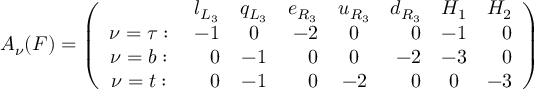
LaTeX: { \cal A } _ { \nu } ( F ) = \left( \begin{array} { c r c r c r c r c r c r c r c r } { { } } & { { l _ { L _ { 3 } } } } & { { q _ { L _ { 3 } } } } & { { e _ { R _ { 3 } } } } & { { u _ { R _ { 3 } } } } & { { d _ { R _ { 3 } } } } & { { H _ { 1 } } } & { { H _ { 2 } } } \\ { { \nu = \tau : \; } } & { { - 1 } } & { { 0 } } & { { - 2 } } & { { 0 } } & { { 0 } } & { { - 1 } } & { { 0 } } \\ { { \nu = b : \; } } & { { 0 } } & { { - 1 } } & { { 0 } } & { { 0 } } & { { - 2 } } & { { - 3 } } & { { 0 } } \\ { { \nu = t : \; } } & { { 0 } } & { { - 1 } } & { { 0 } } & { { - 2 } } & { { 0 } } & { { 0 } } & { { - 3 } } \end{array} \right)